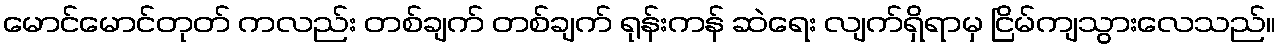
မောင်မောင်တုတ် ကလည်း တစ်ချက် တစ်ချက် ရုန်းကန် ဆဲရေး လျက်ရှိရာမှ ငြိမ်ကျသွားလေသည်။